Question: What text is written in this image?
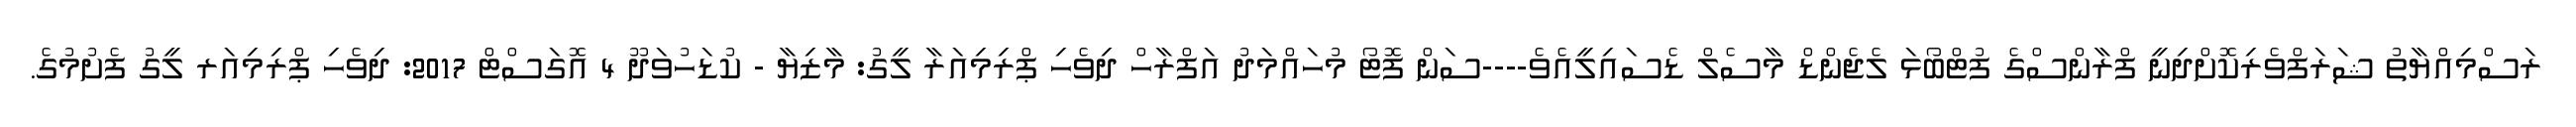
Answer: ރަސްމިއްޔާތު ޝަރަފްވެރިކޮށްދިނީ ފްރާންސްގެ ފުޓްބޯޅަ ލެޖެންޑް މާސެލް ޑެސައިލީއެވެ----ސަން ފޮޓޯ މުހައްމަދު އަފްރާހް ދިވެހި ޕްރިމިއަރާ ލީގު: މާޒިޔާ - ކުޑަހުވަދޫ 4 އޮގަސްޓް 2017: ދިވެހި ޕްރިމިއަރ ލީގު ފެށުމުގެ.